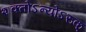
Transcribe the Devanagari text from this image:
शक्तोऽन्योऽरुक्